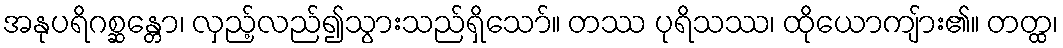
အနုပရိဂစ္ဆန္တော၊ လှည့်လည်၍သွားသည်ရှိသော်။ တဿ ပုရိသဿ၊ ထိုယောကျ်ား၏။ တတ္ထ၊